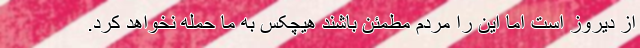
از دیروز است اما این را مردم مطمئن باشند هیچکس به ما حمله نخواهد کرد.